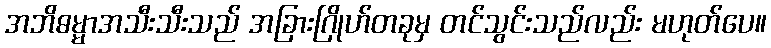
အဘိဓမ္မာအသီးသီးသည် အခြားဂြိုဟ်တခုမှ တင်သွင်းသည်လည်း မဟုတ်ပေ။